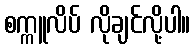
စက္ကူလိပ် လိုချင်လို့ပါ။